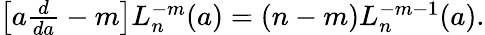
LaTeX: \begin{array}{r}{\left[a\frac{d}{da}-m\right]L_{n}^{-m}(a)=(n-m)L_{n}^{-m-1}(a).}\end{array}